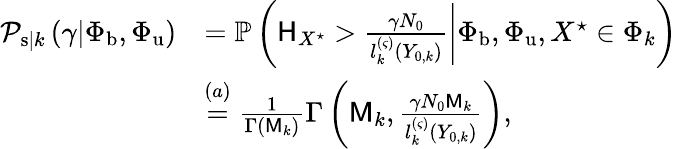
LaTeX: \begin{array}{rl}{\mathcal{P}_{\mathrm{s}|k}\left(\gamma|\Phi_{\mathrm{b}},\Phi_{\mathrm{u}}\right)}&{=\mathbb{P}\left(\left.\mathsf{H}_{X^{\star}}>\frac{\gamma N_{0}}{l_{k}^{\left(\varsigma\right)}\left(Y_{0,k}\right)}\right|\Phi_{\mathrm{b}},\Phi_{\mathrm{u}},X^{\star}\in\Phi_{k}\right)}\\ &{\overset{(a)}{=}\frac{1}{\Gamma\left(\mathsf{M}_{k}\right)}\Gamma\left(\mathsf{M}_{k},\frac{\gamma N_{0}\mathsf{M}_{k}}{l_{k}^{\left(\varsigma\right)}\left(Y_{0,k}\right)}\right),}\end{array}